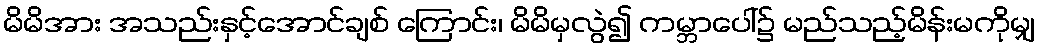
မိမိအား အသည်းနှင့်အောင်ချစ် ကြောင်း၊ မိမိမှလွဲ၍ ကမ္ဘာပေါ်၌ မည်သည့်မိန်းမကိုမျှ